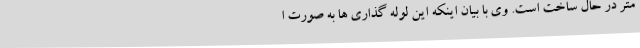
متر در حال ساخت است. وی با بیان اینکه این لوله گذاری ها به صورت ا